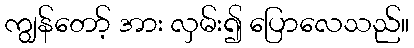
ကျွန်တော့် အား လှမ်း၍ ပြောလေသည်။